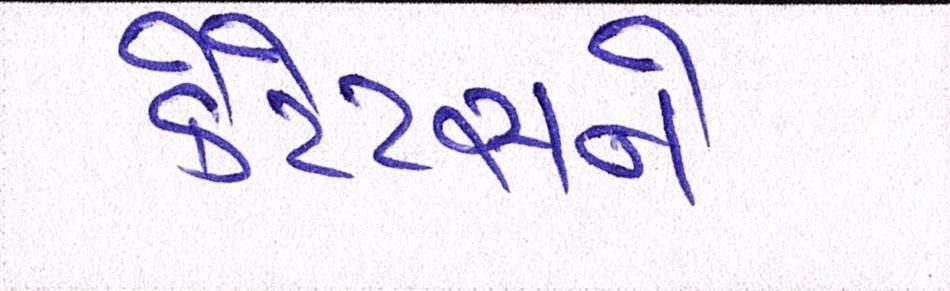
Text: કેટેટસને